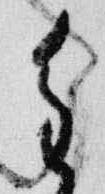
重